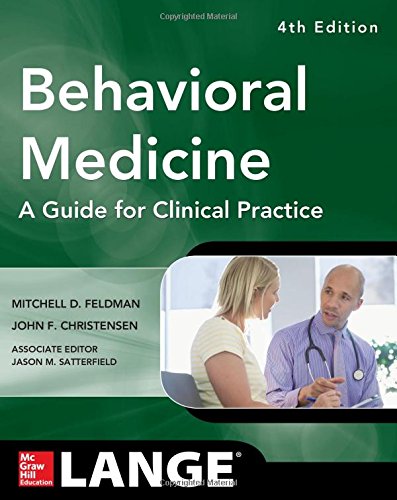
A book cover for Behavioral Medicine A Guide for Clinical Practice 4/E; Mitchell Feldman; Medical Books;